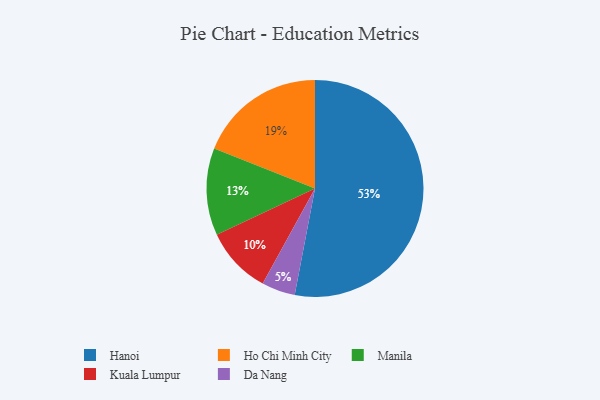
{"axis": {"x": "Category", "y": "Percentage"}, "legend": ["Da Nang", "Hanoi", "Ho Chi Minh City", "Kuala Lumpur", "Manila"], "data": [{"x": "Hanoi", "y": 53, "type": "Hanoi"}, {"x": "Kuala Lumpur", "y": 10, "type": "Kuala Lumpur"}, {"x": "Manila", "y": 13, "type": "Manila"}, {"x": "Ho Chi Minh City", "y": 19, "type": "Ho Chi Minh City"}, {"x": "Da Nang", "y": 5, "type": "Da Nang"}]}